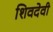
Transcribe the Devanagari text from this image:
शिवदेवी